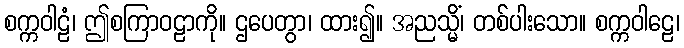
စက္ကဝါဠံ၊ ဤစကြာဝဠာကို။ ဌပေတွာ၊ ထား၍။ အညသ္မိံ၊ တစ်ပါးသော။ စက္ကဝါဠေ၊